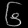
Digit: ၆